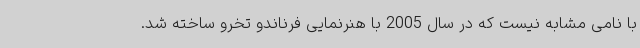
با نامی مشابه نیست که در سال 2005 با هنرنمایی فرناندو تخرو ساخته شد.